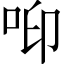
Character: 𠲃